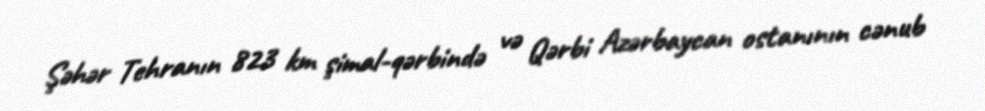
Şəhər Tehranın 823 km şimal-qərbində və Qərbi Azərbaycan ostanının cənub